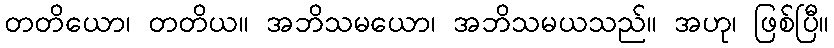
တတိယော၊ တတိယ။ အဘိသမယော၊ အဘိသမယသည်။ အဟု၊ ဖြစ်ပြီ။